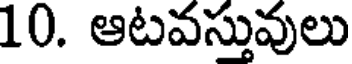
10. ఆటవస్తువులు